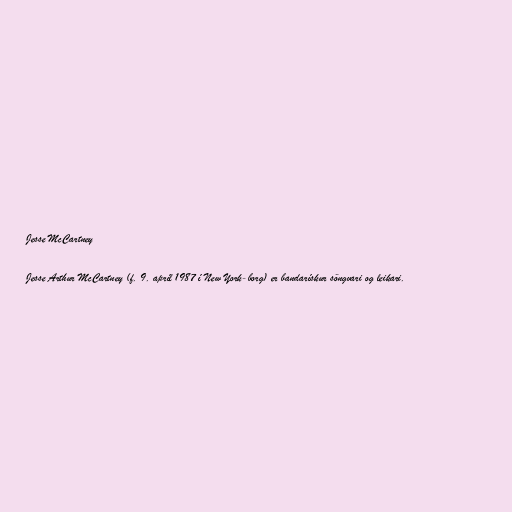
Jesse McCartney

Jesse Arthur McCartney (f. 9. apríl 1987 í New York-borg) er bandarískur söngvari og leikari.